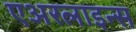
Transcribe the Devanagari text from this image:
एअरलाइन्‍स